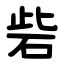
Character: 砦